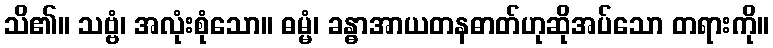
သိ၏။ သဗ္ဗံ၊ အလုံးစုံသော။ ဓမ္မံ၊ ခန္ဓာအာယတနဓာတ်ဟုဆိုအပ်သော တရားကို။